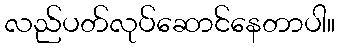
လည်ပတ်လုပ်ဆောင်နေတာပါ။